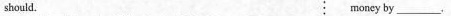
should. money by ___.